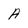
Character: A